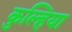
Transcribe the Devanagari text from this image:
कुल्हिया